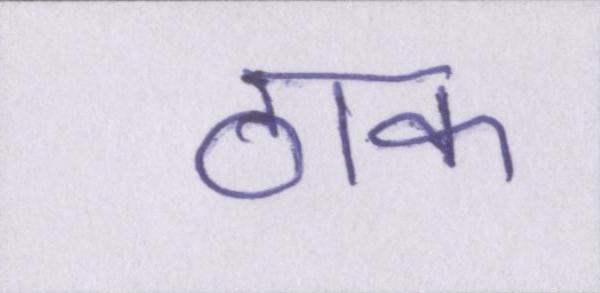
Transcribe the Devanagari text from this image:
ठाक